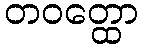
တဝတ္ထော